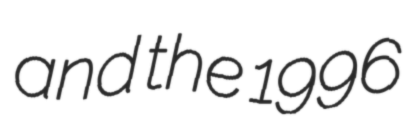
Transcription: and the 1996